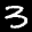
Label: 3